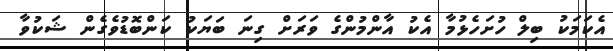
އެކަމަކު ބިލް ހުށަހެޅުމާ އެކު އާންމުންގެ ވަރަށް ގިނަ ބަޔަކު ކަންބޮޑުވެގެން ޝަކުވާ